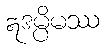
ဣဒမ္ပိမဿ